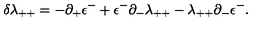
\delta \lambda _ { + + } = - \partial _ { + } \epsilon ^ { - } + \epsilon ^ { - } \partial _ { - } \lambda _ { + + } - \lambda _ { + + } \partial _ { - } \epsilon ^ { - } .